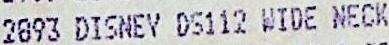
2893 DISNEY DS112 WIDE NECK